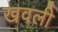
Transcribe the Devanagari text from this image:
खवली